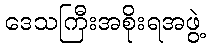
ဒေသကြီးအစိုးရအဖွဲ့